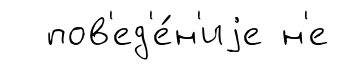
пов'ед'е́н'иjе н'е